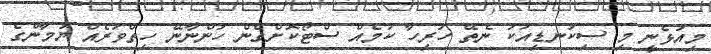
މިއުޅެނީ މި ސިކުނޑިއަކު ނެތޭ ހުރިހާ ކަމެއް ސްޓޯކޮށްގެން ހުންނާނޭ ހިތްވަރެއް ޔުމާންގެ